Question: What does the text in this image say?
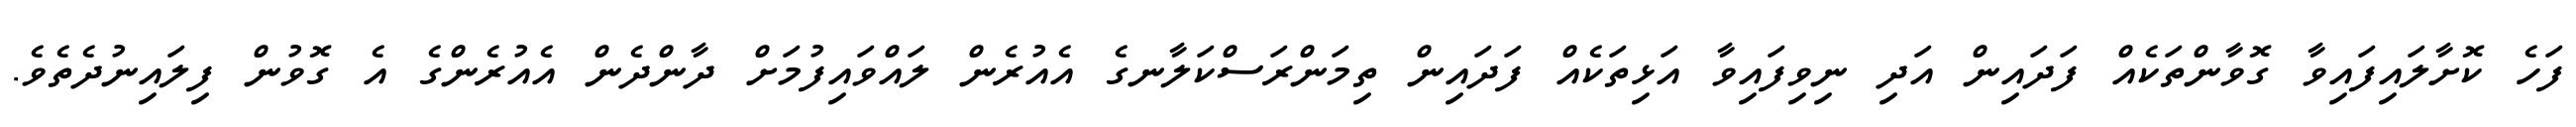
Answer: ފަހެ ކޮށާލައިފައިވާ ގޮވާންތަކެއް ފަދައިން އަދި ނިވިފައިވާ އަޅިތަކެއް ފަދައިން ތިމަންރަސްކަލާނގެ އެއުރެން ލައްވައިފުމަށް ދާންދެން އެއުރެންގެ އެ ގޮވުން ފިލައިނުދެތެވެ.